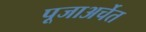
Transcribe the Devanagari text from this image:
पूजाअर्चेत